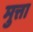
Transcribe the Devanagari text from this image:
मुत्ता